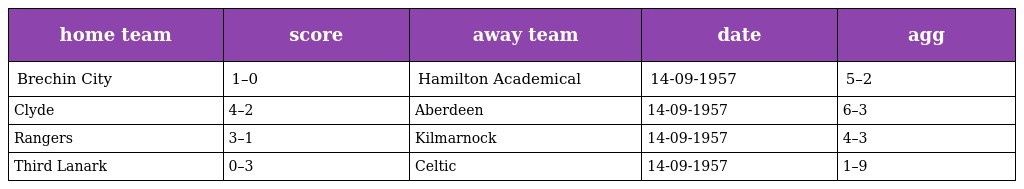
| home team | score | away team | date | agg |
 | --- | --- | --- | --- | --- |
 | Brechin City | 1–0 | Hamilton Academical | 14-09-1957 | 5–2 |
 | Clyde | 4–2 | Aberdeen | 14-09-1957 | 6–3 |
 | Rangers | 3–1 | Kilmarnock | 14-09-1957 | 4–3 |
 | Third Lanark | 0–3 | Celtic | 14-09-1957 | 1–9 |